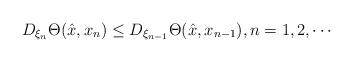
LaTeX: \begin{align*}D_{\xi_n}\Theta(\hat{x}, x_n)\le D_{\xi_{n-1}}\Theta(\hat{x}, x_{n-1}), n=1,2, \cdots\end{align*}